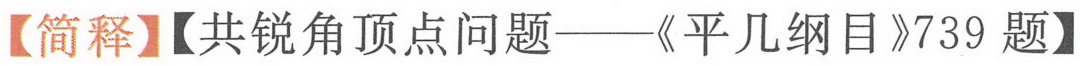
【简释】【共锐角顶点问题——《平几纲目》739 题】